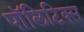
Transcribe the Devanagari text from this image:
पाॅलिटिक्स